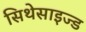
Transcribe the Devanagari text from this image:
सिथेसाइज्ड